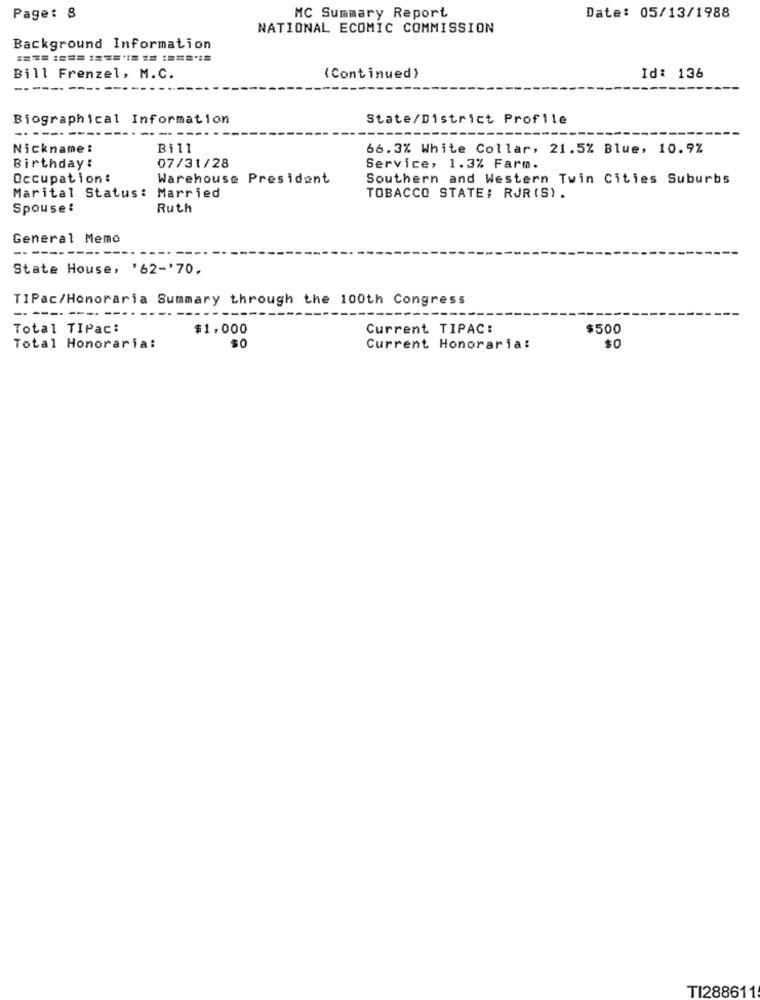
Page: 8
MC Summary Report
Date: 05/13/1988
NATIONAL ECOMIC COMMISSION
Background Information
Bill Frenzel, M.C.
(Continued)
Id: 136
-----
Biographical Information
State/District Profile
----
----
----
Nickname:
Bill
66.3% White Collar, 21.5% Blue, 10.9%
Birthday:
07/31/28
Service, 1.3% Farm.
Occupation:
Warehouse President
Southern and Western Twin Cities Suburbs
Marital Status: Married
TOBACCO STATE: RJR(S).
Spouse!
Ruth
General Memo
State House, '62-'70.
TIPac/Honoraria Summary through the 100th Congress
------ ----
Total TIPac:
$1.000
Current TIPAC:
$500
Total Honoraria:
$0
Current Honoraria:
$0
TI288611